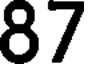
87